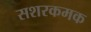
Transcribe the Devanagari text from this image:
सशरकमक